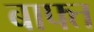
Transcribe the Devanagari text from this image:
बाफ्त